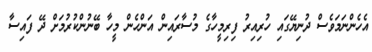
އެހެންނަމަވެސް ދުނިޔޭގައި ހުރިއިރު ފިރިމީހާގެ މުސާރައިން އަންހެން މީހާ ބޭނުންކުރުމަށް ދޭ ފައިސާ